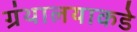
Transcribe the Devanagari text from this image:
ग्रंथालयाकडे